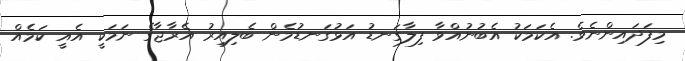
މިފަދައިންނެވެ. އެކަމަކު އެބުނުއްވާ ފިލާގަނޑު އަޅުގަނޑުމެން ބެލިއިރު އެރާޖާގެ ނަމަކީ އެއީ ކަމެއް